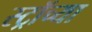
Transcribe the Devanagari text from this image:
स्ट्रॉच्या